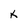
Character: k